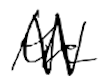
Text: the
Cross-out: zig-zag
Writing tool: digital_black